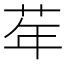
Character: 𦮴